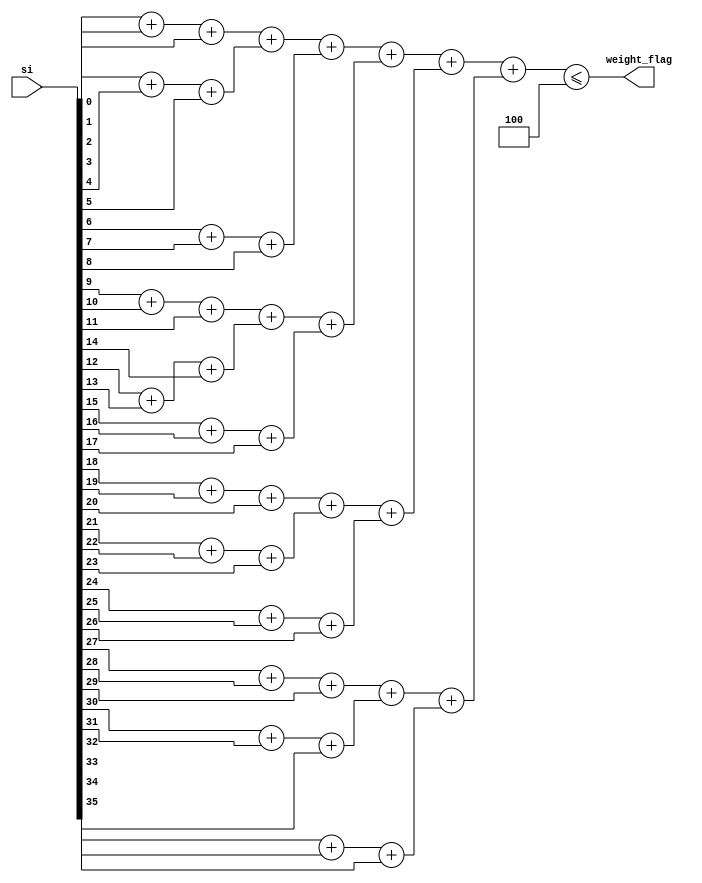
module weight4(
	input[35:0] 	si,
	output 			weight_flag
);

//wire 	[3:0] w1,w0;

wire [5:0]	w;
	
wire 	[1:0] x1,x2,x3,x4,x5,x6,x7,x8,x9,x10,x11,x12;
wire 	[3:0] y1,y2,y3,y4;

assign x1 = si[0]  + si[1]  + si[2];
assign x2 = si[3]  + si[4]  + si[5];
assign x3 = si[6]  + si[7]  + si[8];
assign x4 = si[9]  + si[10] + si[11];
assign x5 = si[12] + si[13] + si[14];
assign x6 = si[15] + si[16] + si[17];
assign x7 = si[18] + si[19] + si[20];
assign x8 = si[21] + si[22] + si[23];
assign x9 = si[24] + si[25] + si[26];
assign x10= si[27] + si[28] + si[29];
assign x11= si[30] + si[31] + si[32];
assign x12= si[33] + si[34] + si[35];

assign y1=x1+x2+x3;
assign y2=x4+x5+x6;
assign y3=x7+x8+x9;
assign y4=x10+x11+x12;

//assign w0=y1[1:0]+y2[1:0]+y3[1:0]+y4[1:0];
//assign w1=y1[3:2]+y2[3:2]+y3[3:2]+y4[3:2];

assign w = y1 + y2 + y3 + y4;

//assign weight_flag = (w0[3:1]<=1&&w1==0);

assign weight_flag = (w <= 4) ;

endmodule